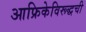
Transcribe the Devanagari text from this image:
आफ्रिकेविरूद्धची